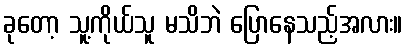
ခုတော့ သူ့ကိုယ်သူ မသိဘဲ ပြောနေသည့်အလား။